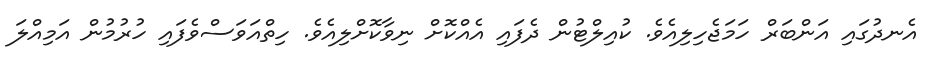
އެނދުގައި އަންބަރް ހަމަޖެހިލިއެވެ. ކުއިލްޓުން ދެފައި އެއްކޮށް ނިވާކޮށްލިއެވެ. ހިތްއަވަސްވެފައި ހުރުމުން އަމިއްލަ